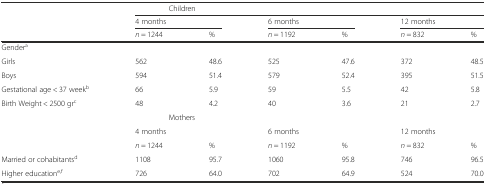
|  | <COLSPAN=6> Children |
 |  | <COLSPAN=2> 4 months | <COLSPAN=2> 6 months | <COLSPAN=2> 12 months |
 |  | n = 1244 | % | n = 1192 | % | n = 832 | % |
 | --- | --- | --- | --- | --- | --- | --- |
 | Gendera |  |  |  |  |  |  |
 | Girls | 562 | 48.6 | 525 | 47.6 | 372 | 48.5 |
 | Boys | 594 | 51.4 | 579 | 52.4 | 395 | 51.5 |
 | Gestational age < 37 weekb | 66 | 5.9 | 59 | 5.5 | 42 | 5.8 |
 | Birth Weight < 2500 grc | 48 | 4.2 | 40 | 3.6 | 21 | 2.7 |
 |  | <COLSPAN=6> Mothers |
 |  | <COLSPAN=2> 4 months | <COLSPAN=2> 6 months | <COLSPAN=2> 12 months |
 |  | n = 1244 | % | n = 1192 | % | n = 832 | % |
 | Married or cohabitantsd | 1108 | 95.7 | 1060 | 95.8 | 746 | 96.5 |
 | Higher educatione,f | 726 | 64.0 | 702 | 64.9 | 524 | 70.0 |